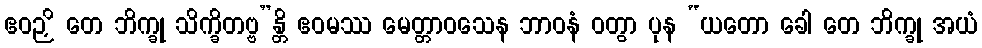
ဧဝဉှိ တေ ဘိက္ခု သိက္ခိတဗ္ဗ”န္တိ ဧဝမဿ မေတ္တာဝသေန ဘာဝနံ ဝတွာ ပုန “ယတော ခေါ တေ ဘိက္ခု အယံ